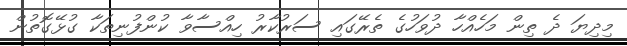
މިދިޔަ ދެ ތިން މަހެއްހާ ދުވަހުގެ ތެރޭގައި ސަރުކާރު ހިއްސާވާ ކުންފުނިތަކާ ގުޅޭގޮތުން